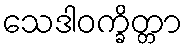
သေဒါဝက္ခိတ္တာ